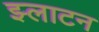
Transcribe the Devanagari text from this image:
झ्लाटन